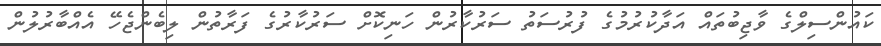
ކައުންސިލްގެ ވާޖިބުތައް އަދާކުރުމުގެ ފުރުސަތު ސަރުކާރުން ހަނިކޮށް ސަރުކާރުގެ ފަރާތުން ލިބެންޖެހޭ އެއްބާރުލުން